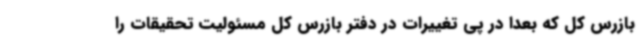
بازرس کل که بعدا در پی تغییرات در دفتر بازرس کل مسئولیت تحقیقات را